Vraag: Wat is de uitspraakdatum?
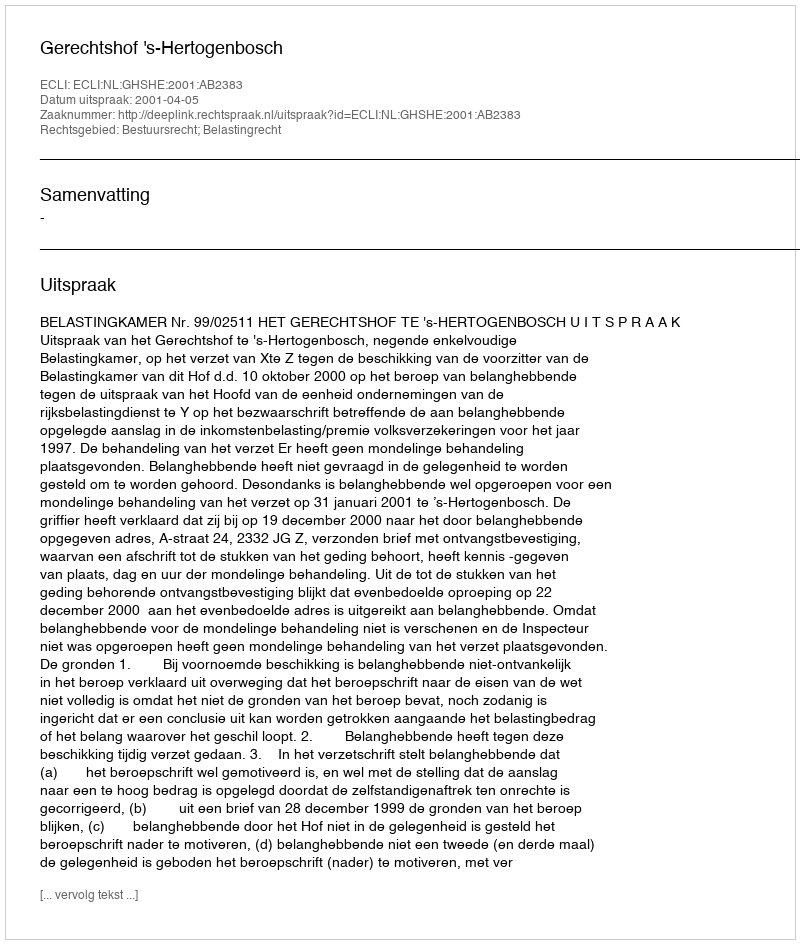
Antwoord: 2001-04-05